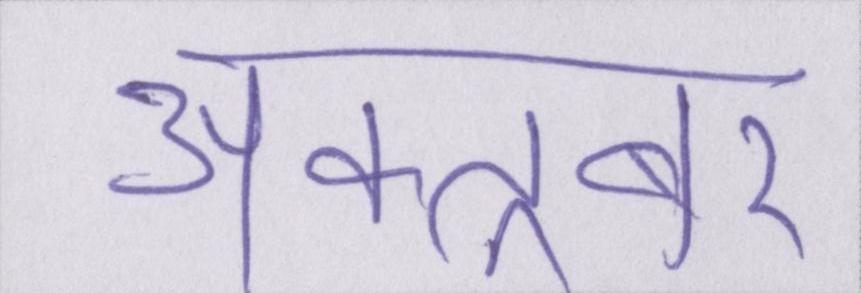
अक्तूबर